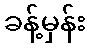
ခန့်မှန်း